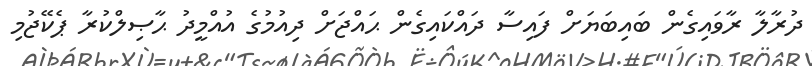
ދުރާލާ ރާވައިގެން ބައިބަޔަށް ފައިސާ ދައްކައިގެން ޙައްޖަށް ދިއުމުގެ އުއްމީދު ޙާޞިލްކުރާ ޕެކޭޖުމި